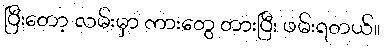
ပြီးတော့ လမ်းမှာ ကားတွေ တားပြီး ဖမ်းရတယ်။